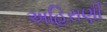
અહિરાણી